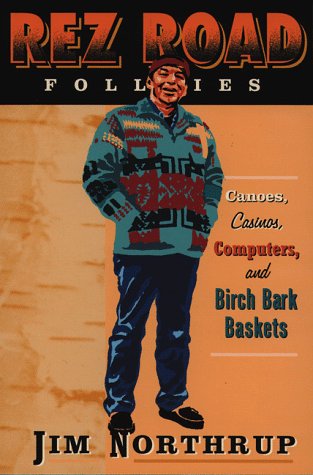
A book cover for The Rez Road Follies: Canoes, Casinos, Computers, and Birch Bark Baskets; Jim Northrup; Humor & Entertainment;